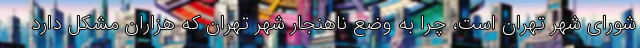
شورای شهر تهران است، چرا به وضع ناهنجار شهر تهران که هزاران مشکل دارد